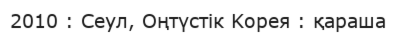
2010 : Сеул, Оңтүстік Koрeя : қараша